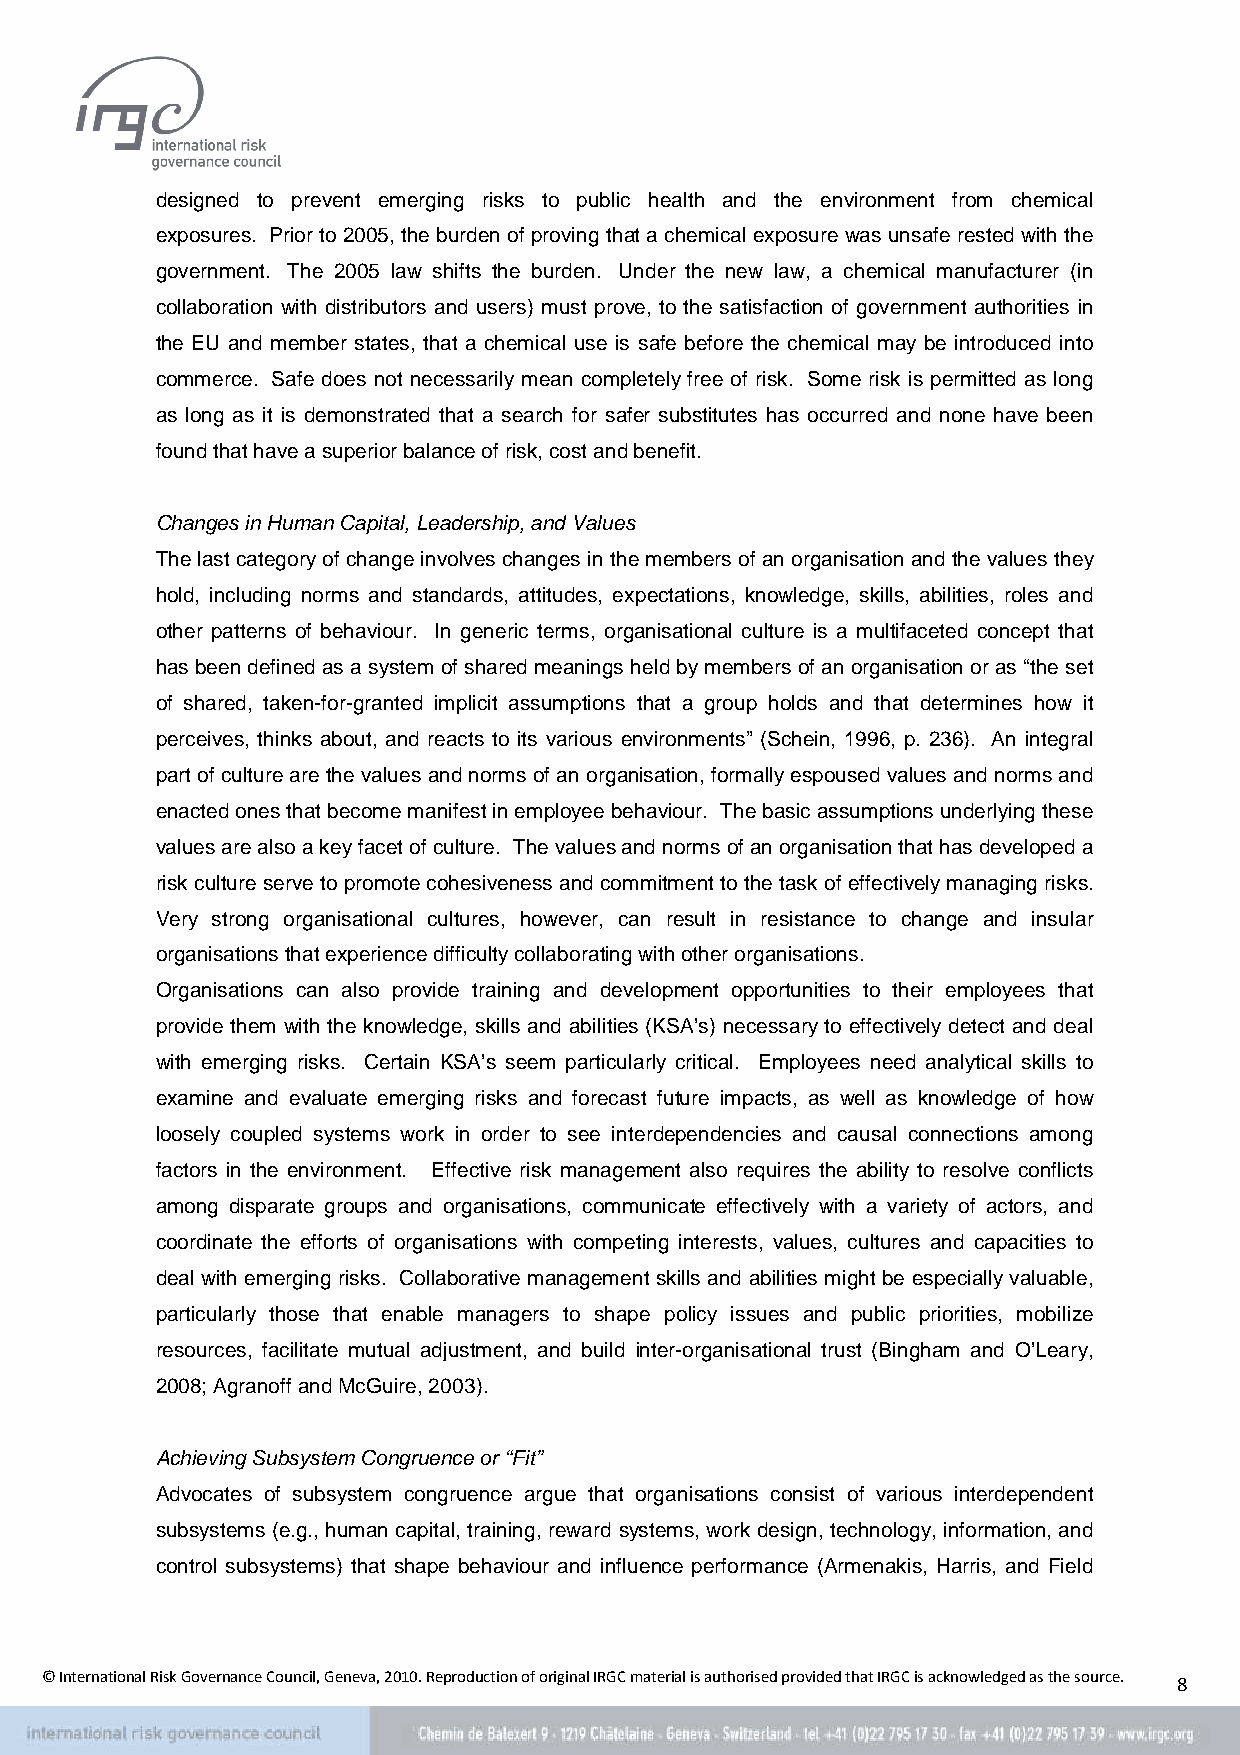
designed to prevent emerging risks to public health and the environment from chemical
 exposures. Prior to 2005, the burden of proving that a chemical exposure was unsafe rested with the
 government. The 2005 law shifts the burden. Under the new law, a chemical manufacturer (in
 collaboration with distributors and users) must prove, to the satisfaction of government authorities in
 the EU and member states, that a chemical use is safe before the chemical may be introduced into
 commerce. Safe does not necessarily mean completely free of risk. Some risk is permitted as long
 as long as it is demonstrated that a search for safer substitutes has occurred and none have been
 found that have a superior balance of risk, cost and benefit.
 Changes in Human Capital, Leadership, and Values
 The last category of change involves changes in the members of an organisation and the values they
 hold, including norms and standards, attitudes, expectations, knowledge, skills, abilities, roles and
 other patterns of behaviour. In generic terms, organisational culture is a multifaceted concept that
 has been defined as a system of shared meanings held by members of an organisation or as “the set
 of shared, taken-for-granted implicit assumptions that a group holds and that determines how it
 perceives, thinks about, and reacts to its various environments” (Schein, 1996, p. 236). An integral
 part of culture are the values and norms of an organisation, formally espoused values and norms and
 enacted ones that become manifest in employee behaviour. The basic assumptions underlying these
 values are also a key facet of culture. The values and norms of an organisation that has developed a
 risk culture serve to promote cohesiveness and commitment to the task of effectively managing risks.
 Very strong organisational cultures, however, can result in resistance to change and insular
 organisations that experience difficulty collaborating with other organisations.
 Organisations can also provide training and development opportunities to their employees that
 provide them with the knowledge, skills and abilities (KSA’s) necessary to effectively detect and deal
 with emerging risks. Certain KSA’s seem particularly critical. Employees need analytical skills to
 examine and evaluate emerging risks and forecast future impacts, as well as knowledge of how
 loosely coupled systems work in order to see interdependencies and causal connections among
 factors in the environment. Effective risk management also requires the ability to resolve conflicts
 among disparate groups and organisations, communicate effectively with a variety of actors, and
 coordinate the efforts of organisations with competing interests, values, cultures and capacities to
 deal with emerging risks. Collaborative management skills and abilities might be especially valuable,
 particularly those that enable managers to shape policy issues and public priorities, mobilize
 resources, facilitate mutual adjustment, and build inter-organisational trust (Bingham and O’Leary,
 2008; Agranoff and McGuire, 2003).
 Achieving Subsystem Congruence or “Fit”
 Advocates of subsystem congruence argue that organisations consist of various interdependent
 subsystems (e.g., human capital, training, reward systems, work design, technology, information, and
 control subsystems) that shape behaviour and influence performance (Armenakis, Harris, and Field
 © International Risk Governance Council, Geneva, 2010. Reproduction of original IRGC material is authorised provided that IRGC is acknowledged as the source. 8